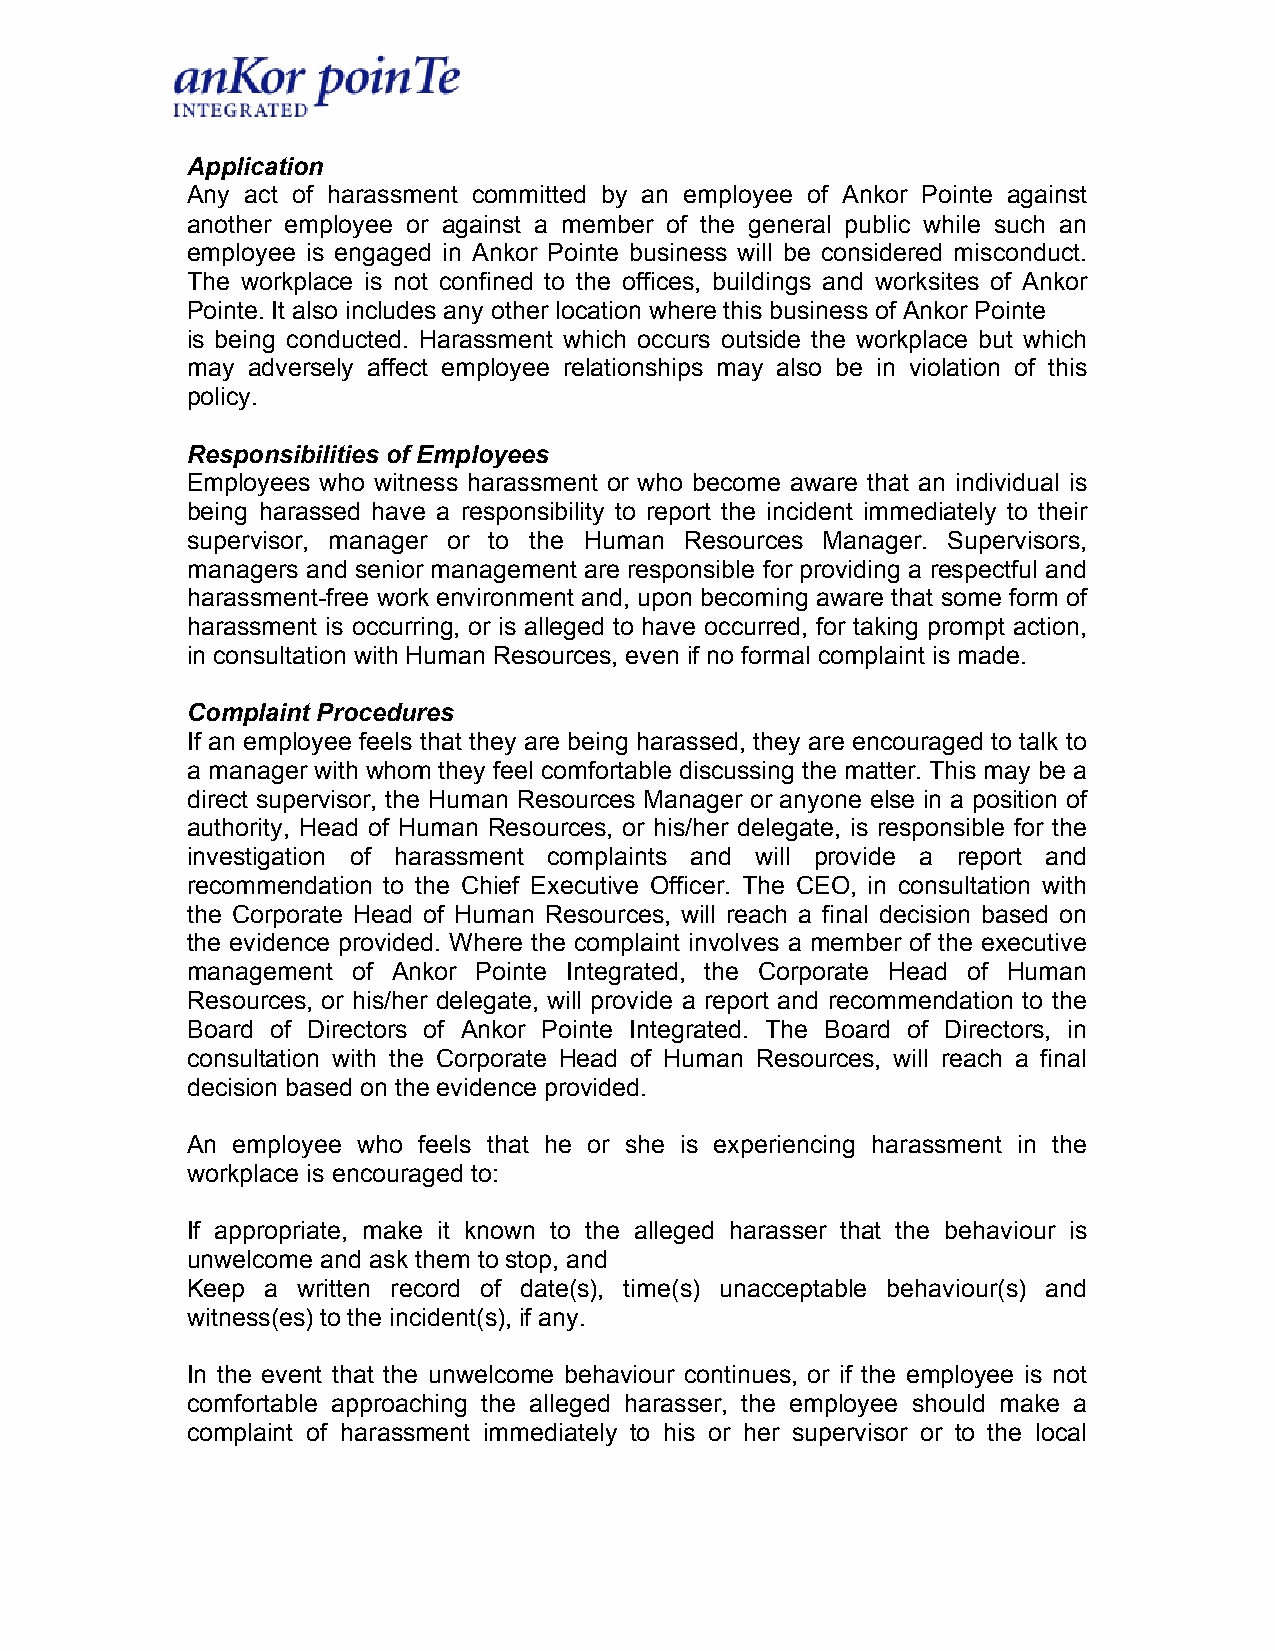
Application
 Any act of harassment committed by an employee of Ankor Pointe against
 another employee or against a member of the general public while such an
 employee is engaged in Ankor Pointe business will be considered misconduct.
 The workplace is not confined to the offices, buildings and worksites of Ankor
 Pointe. It also includes any other location where this business of Ankor Pointe
 is being conducted. Harassment which occurs outside the workplace but which
 may adversely affect employee relationships may also be in violation of this
 policy.
 Responsibilities of Employees
 Employees who witness harassment or who become aware that an individual is
 being harassed have a responsibility to report the incident immediately to their
 supervisor, manager or to the Human Resources Manager. Supervisors,
 managers and senior management are responsible for providing a respectful and
 harassment-free work environment and, upon becoming aware that some form of
 harassment is occurring, or is alleged to have occurred, for taking prompt action,
 in consultation with Human Resources, even if no formal complaint is made.
 Complaint Procedures
 If an employee feels that they are being harassed, they are encouraged to talk to
 a manager with whom they feel comfortable discussing the matter. This may be a
 direct supervisor, the Human Resources Manager or anyone else in a position of
 authority, Head of Human Resources, or his/her delegate, is responsible for the
 investigation of harassment complaints and will provide a report and
 recommendation to the Chief Executive Officer. The CEO, in consultation with
 the Corporate Head of Human Resources, will reach a final decision based on
 the evidence provided. Where the complaint involves a member of the executive
 management of Ankor Pointe Integrated, the Corporate Head of Human
 Resources, or his/her delegate, will provide a report and recommendation to the
 Board of Directors of Ankor Pointe Integrated. The Board of Directors, in
 consultation with the Corporate Head of Human Resources, will reach a final
 decision based on the evidence provided.
 An employee who feels that he or she is experiencing harassment in the
 workplace is encouraged to:
 If appropriate, make it known to the alleged harasser that the behaviour is
 unwelcome and ask them to stop, and
 Keep  a written record of date(s), time(s) unacceptable behaviour(s) and
 witness(es) to the incident(s), if any.
 In the event that the unwelcome behaviour continues, or if the employee is not
 comfortable approaching the alleged harasser, the employee should make a
 complaint of harassment immediately to his or her supervisor or to the local